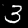
Label: 3